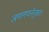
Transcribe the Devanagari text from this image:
जणगणनेनुसार